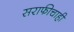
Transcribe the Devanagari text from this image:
सराफीचाही